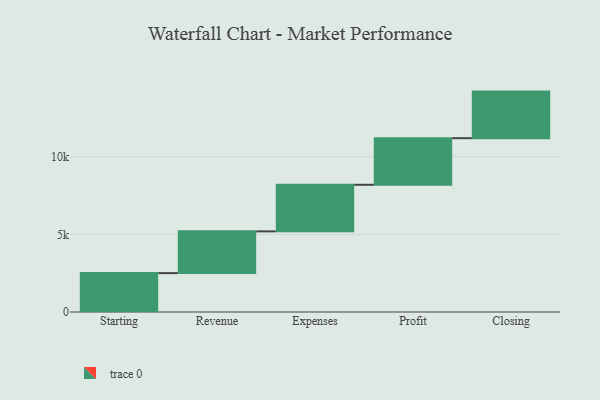
{"axis": {"x": "Step", "y": "Value"}, "legend": [""], "data": [{"x": "Starting", "y": 2504.0, "type": ""}, {"x": "Revenue", "y": 2688.0, "type": ""}, {"x": "Expenses", "y": 3000, "type": ""}, {"x": "Profit", "y": 3000, "type": ""}, {"x": "Closing", "y": 3000, "type": ""}]}